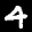
Label: 4